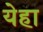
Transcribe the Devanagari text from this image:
येहा